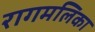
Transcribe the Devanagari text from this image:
रागमलिका